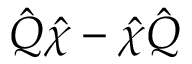
\hat { Q } \hat { \chi } - \hat { \chi } \hat { Q } \,